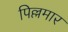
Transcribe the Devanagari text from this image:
पिल्लमार